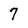
Character: 7